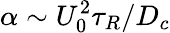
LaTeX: \alpha\sim U_{0}^{2}\tau_{R}/D_{c}